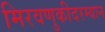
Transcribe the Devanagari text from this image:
मिरवणुकीदरम्यान